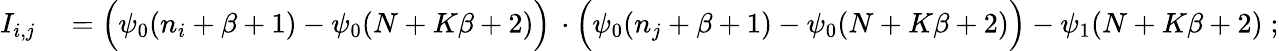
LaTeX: \begin{array}{rl}{I_{i,j}}&{{}=\Big(\psi_{0}(n_{i}+\beta+1)-\psi_{0}(N+K\beta+2)\Big)\, \cdot\Big(\psi_{0}(n_{j}+\beta+1)-\psi_{0}(N+K\beta+2)\Big)-\psi_{1}(N+K\beta+2)\; ;}\end{array}